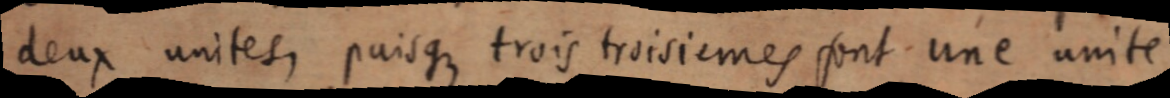
deux unites, puisque trois troisiemes font une unite